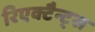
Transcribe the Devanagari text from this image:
रिएक्टैन्ट्स